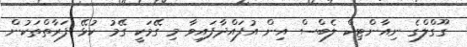
ގޫގްލްގެ ނިއާންޓިކް ލެބްސް އިން އުފައްދާފައިވާ މި ގޭމަކީ ގޭމު ކުޅޭ ފަރާތްތަކުން